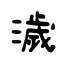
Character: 濊